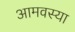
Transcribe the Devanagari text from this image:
आमवस्या